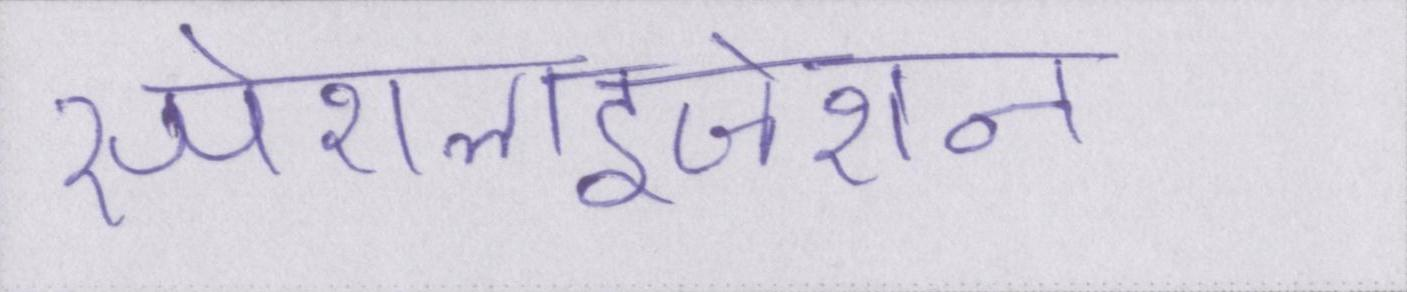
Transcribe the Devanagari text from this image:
स्पेशलाइजेशन